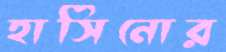
হাসিনোর